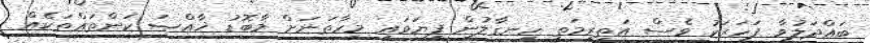
ބައްދަލުވާ ފަހަރަކު ވެސް އަތިރިމަތީ ހިނގާލުން ފިޔަވައި މިހާތަނަށް މާބޮޑު ޚާއްޞަ ކަންތައްތަކެއް